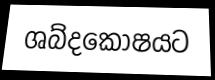
ශබ්දකෝෂයට